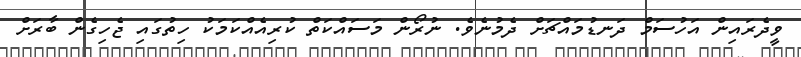
ވީދެރައިން އަހުސަމް ދަނޑުމައްޗަށް ދެމުނެވެ. ނުރޯން މަސައްކަތް ކުރިއެއްކަމަކު ހިތުގައި ޖެހިގެން ބާރަށް